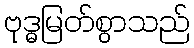
ဗုဒ္ဓမြတ်စွာသည်